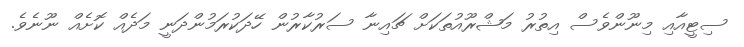
ސިޓީއާއި މިނޫންވެސް އިތުރު މަޝްރޫއުތަކަށް ޗައިނާ ސަރުކާރުން ހޭދަކުރަމުންދަނީ މަދެއް ކޮށެއް ނޫނެވެ.